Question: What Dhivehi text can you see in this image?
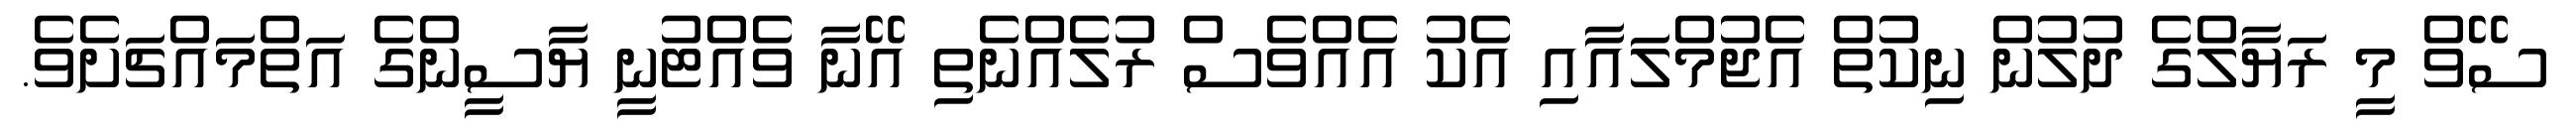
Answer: ސޭވް މީ ރަޔާލްގެ ދުލުން ނިކުތް އެޖުމްލައާއި އެކު އެއްވެސް ރުލެއްނެތި އޭނާ ވެއްޓުނީ ޔާސީންގެ އަތްމައްޗަށެވެ.